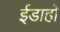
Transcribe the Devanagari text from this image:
ईडाहो